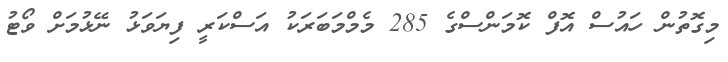
މިގޮތުން ހައުސް އޮފް ކޮމަންސްގެ 285 މެމްމަބަރަކު އަސްކަރީ ފިޔަވަޅު ނޭޅުމަށް ވޯޓު